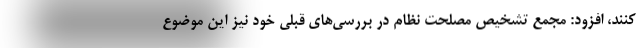
کنند، افزود: مجمع تشخیص مصلحت نظام در بررسی‌های قبلی خود نیز این موضوع